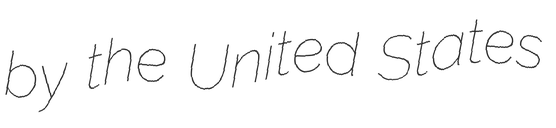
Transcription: by the United States